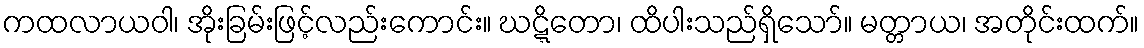
ကထလာယဝါ၊ အိုးခြမ်းဖြင့်လည်းကောင်း။ ဃဋ္ဋိတော၊ ထိပါးသည်ရှိသော်။ မတ္တာယ၊ အတိုင်းထက်။